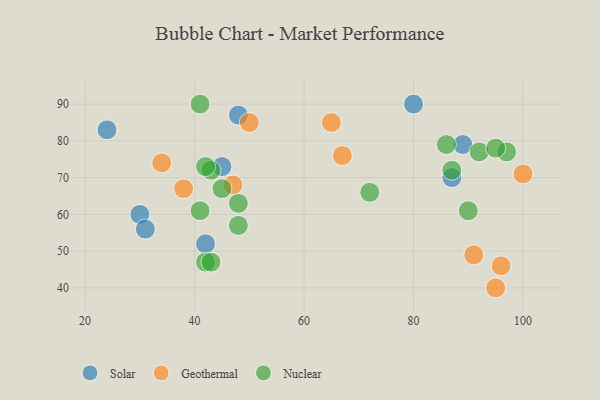
{"axis": {"x": "GDP", "y": "Life Expectancy"}, "legend": ["Geothermal", "Nuclear", "Solar"], "data": [{"x": "30", "y": 60, "type": "Solar"}, {"x": "48", "y": 87, "type": "Solar"}, {"x": "42", "y": 52, "type": "Solar"}, {"x": "45", "y": 73, "type": "Solar"}, {"x": "89", "y": 79, "type": "Solar"}, {"x": "80", "y": 90, "type": "Solar"}, {"x": "31", "y": 56, "type": "Solar"}, {"x": "87", "y": 70, "type": "Solar"}, {"x": "24", "y": 83, "type": "Solar"}, {"x": "50", "y": 85, "type": "Geothermal"}, {"x": "95", "y": 40, "type": "Geothermal"}, {"x": "100", "y": 71, "type": "Geothermal"}, {"x": "65", "y": 85, "type": "Geothermal"}, {"x": "91", "y": 49, "type": "Geothermal"}, {"x": "34", "y": 74, "type": "Geothermal"}, {"x": "38", "y": 67, "type": "Geothermal"}, {"x": "67", "y": 76, "type": "Geothermal"}, {"x": "96", "y": 46, "type": "Geothermal"}, {"x": "47", "y": 68, "type": "Geothermal"}, {"x": "90", "y": 61, "type": "Nuclear"}, {"x": "72", "y": 66, "type": "Nuclear"}, {"x": "41", "y": 90, "type": "Nuclear"}, {"x": "97", "y": 77, "type": "Nuclear"}, {"x": "45", "y": 67, "type": "Nuclear"}, {"x": "42", "y": 47, "type": "Nuclear"}, {"x": "41", "y": 61, "type": "Nuclear"}, {"x": "48", "y": 57, "type": "Nuclear"}, {"x": "48", "y": 63, "type": "Nuclear"}, {"x": "43", "y": 72, "type": "Nuclear"}, {"x": "92", "y": 77, "type": "Nuclear"}, {"x": "86", "y": 79, "type": "Nuclear"}, {"x": "95", "y": 78, "type": "Nuclear"}, {"x": "42", "y": 73, "type": "Nuclear"}, {"x": "43", "y": 47, "type": "Nuclear"}, {"x": "87", "y": 72, "type": "Nuclear"}]}